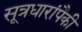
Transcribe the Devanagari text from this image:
सूत्रधारांपैकी